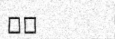
٦٢